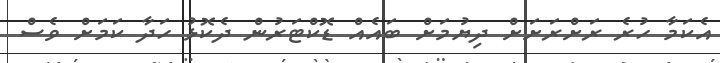
އެކަމާ ހުރެ ރަށްރަށަށް ދިޔުމަށް ބައެއް ޑޮކްޓަރުން ދެކޮޅު ހަދާ ކަމަށް ވެސް